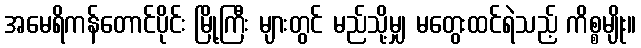
အမေရိကန်တောင်ပိုင်း မြို့ကြီး များတွင် မည်သို့မျှ မတွေးထင်ရဲသည့် ကိစ္စမျိုး။